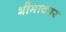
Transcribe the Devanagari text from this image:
भीमाकार